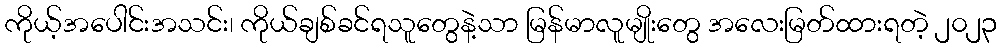
ကိုယ့်အပေါင်းအသင်း၊ ကိုယ်ချစ်ခင်ရသူတွေနဲ့သာ မြန်မာလူမျိုးတွေ အလေးမြတ်ထားရတဲ့ ၂၀၂၃